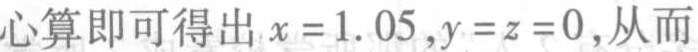
心算即可得出 \(x = 1.05,y = z = 0\),从而